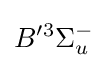
B'^{3}\Sigma _{u}^{-}